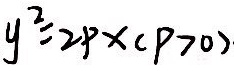
y ^ { 2 } = 2 p x ( p > 0 )